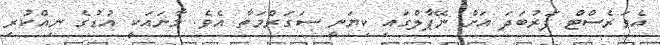
އެވަރެސްޓް ފަރުބަދަ އަށް ނޭޕާލްގައި ކިޔަނީ ސަގަރްމަތާ އެވެ. މާނައަކީ އުޑުގެ ނިއްކުރި